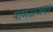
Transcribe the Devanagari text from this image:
पाणअजगर